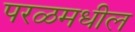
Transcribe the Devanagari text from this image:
परळमधील